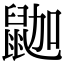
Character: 鿼